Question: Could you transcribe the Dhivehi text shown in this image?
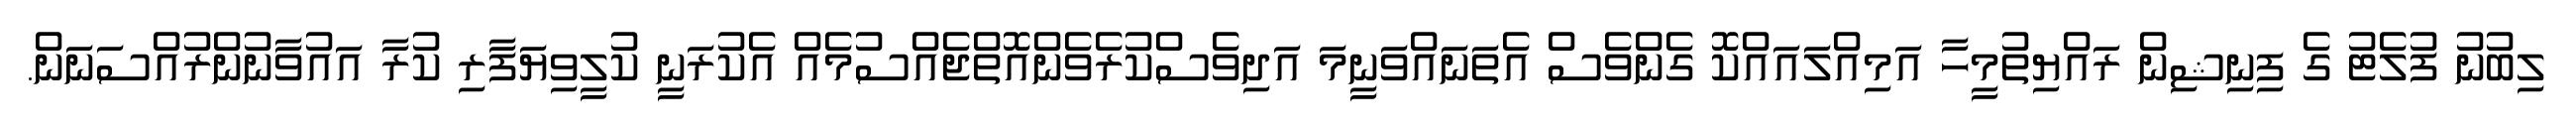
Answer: ލިބުނު ފުލެޓު ގެ ފިނިޝިން ރައްޔިތުމީހާ އަމިއްލައައްކޮ ގެންވެސް އެތަނައްވަނީމަ އަދިވެސްކުރެވެންއޮތްޖެއްސުމެއް އެކުރަނީ ކުލީވިޔަފާރި ކުރާ އައުވާނުންރުއްސަނަން.